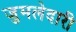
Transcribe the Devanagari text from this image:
जुमलेदारी